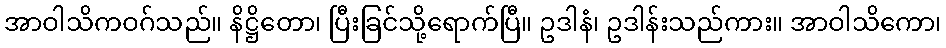
အာဝါသိကဝဂ်သည်။ နိဋ္ဌိတော၊ ပြီးခြင်သို့ရောက်ပြီ။ ဥဒါနံ၊ ဥဒါန်းသည်ကား။ အာဝါသိကော၊